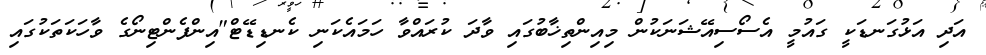
އަދި އަޅުގަނޑަކީ ގައުމީ އެސޯސިއޭޝަނަކުން މިއިންތިޚާބުގައި ވާދަ ކުރައްވާ ހަމައެކަނި ކެނޑިޑޭޓް"އިންފެންޓިނޯގެ ވާހަކަތަކުގައި